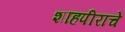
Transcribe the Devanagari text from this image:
शाहपीराचे